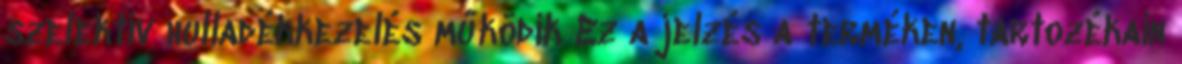
szelektív hulladékkezelés működik Ez a jelzés a terméken, tartozékain